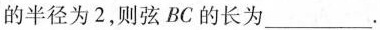
的半径为2，则弦BC的长为___。